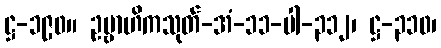
ဋ္ဌ-၁၉၀။ ဥဗ္ဗာဟိကသုတ်-အံ-၁၁-ပါ-၃၁၂၊ ဋ္ဌ-၃၁၀၊